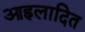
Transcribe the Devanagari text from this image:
आह्‌लादित